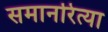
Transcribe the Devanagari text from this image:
समानरित्या